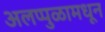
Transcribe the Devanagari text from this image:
अलप्पुळामधून